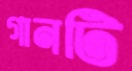
গানটি